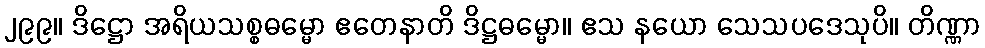
၂၉၉။ ဒိဋ္ဌော အရိယသစ္စဓမ္မော ဧတေနာတိ ဒိဋ္ဌဓမ္မော။ ဧသ နယော သေသပဒေသုပိ။ တိဏ္ဏာ